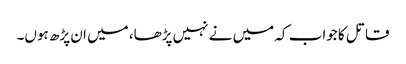
قاتل کا جواب کہ میں نے نہیں پڑھا، میں ان پڑھ ہوں۔